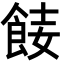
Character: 𩛏